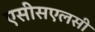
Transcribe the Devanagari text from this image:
एसीसएलसी